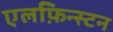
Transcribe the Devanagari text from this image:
एलफ़िन्स्टन